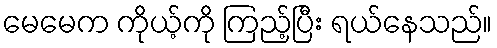
မေမေက ကိုယ့်ကို ကြည့်ပြီး ရယ်နေသည်။